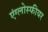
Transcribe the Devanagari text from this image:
एंग्लोस्फीयर